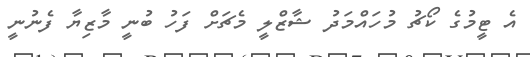
އެ ޓީމުގެ ކޯޗު މުހައްމަދު ޝާޒްލީ މެޗަށް ފަހު ބުނީ މާޒިޔާ ފެނުނީ